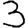
Digit: 3